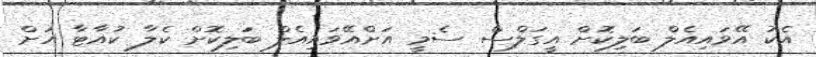
އެކު އޭވައިއެލް ބަލިކޮށް އީގަލްސް ސެމީ އަށްއޭވައިއެލް ބަލިކޮށް ކެލާ ކުއާޓާ އަށް